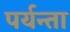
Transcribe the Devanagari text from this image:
पर्यन्ता